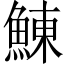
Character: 鯟